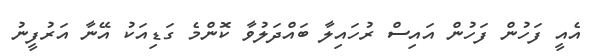
އެއީ ފަހުން ފަހުން އައިސް ރުހައިލާ ބައްދަލުވާ ކޮންމެ ގަޑިއަކު އޭނާ އަރުފީނު